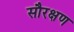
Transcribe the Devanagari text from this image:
सौरक्षण